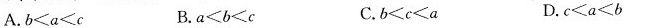
A.$$b < a < c$$ B.$$a < b < c$$ C.$$b < c < a$$ D.$$4 c < a < b$$